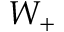
W _ { + }